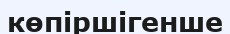
көпіршігенше